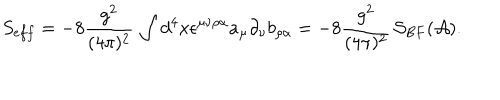
S _ { e f f } = - 8 \frac { g ^ { 2 } } { ( 4 \pi ) ^ { 2 } } \, \int d ^ { 4 } x \epsilon ^ { \mu \nu \rho \alpha } a _ { \mu } \partial _ { \nu } b _ { \rho \alpha } = - 8 \frac { g ^ { 2 } } { ( 4 \pi ) ^ { 2 } } \, { \cal S } _ { B F } ( { \cal A } ) .